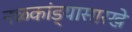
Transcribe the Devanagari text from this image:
नळकांड्यासारखे